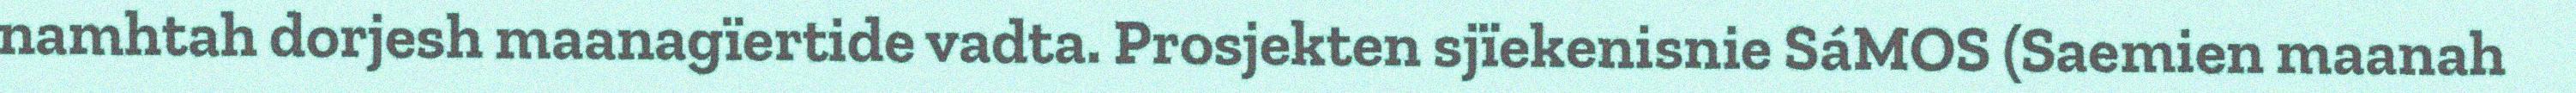
namhtah dorjesh maanagïertide vadta. Prosjekten sjïekenisnie SáMOS (Saemien maanah